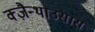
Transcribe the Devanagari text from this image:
क्ज़ैन्थाउसास